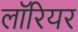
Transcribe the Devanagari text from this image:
लॉरियर